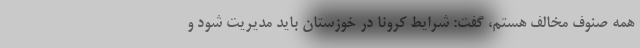
همه صنوف مخالف هستم، گفت: شرایط کرونا در خوزستان باید مدیریت شود و